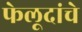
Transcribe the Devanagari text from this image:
फेलूदांचे